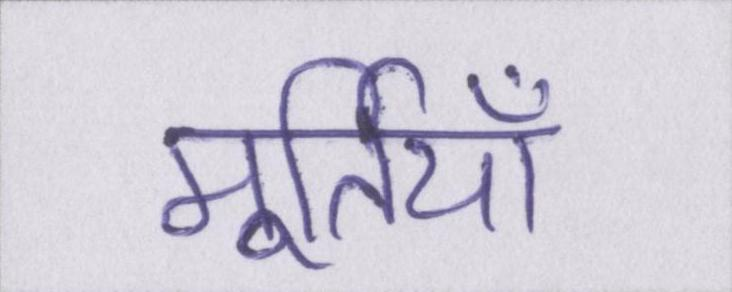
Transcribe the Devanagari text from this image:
मूर्तियाँ